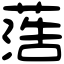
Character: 𦶡